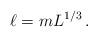
LaTeX: \begin{align*}\ell= mL^{1/3}\,.\end{align*}